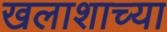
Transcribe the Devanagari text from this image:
खलाशाच्या